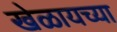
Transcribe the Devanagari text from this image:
खेळायच्या